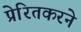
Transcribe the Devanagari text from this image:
प्रेरितकरने